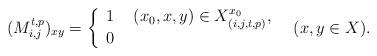
LaTeX: \begin{align*}(M^{t,p}_{i,j})_{xy}=\left\{\begin{array}{ll} 1 &\ (x_0,x, y)\in X^{x_0}_{(i,j,t,p)},\\ 0 & \end{array}\right.\ \ (x, y\in X).\end{align*}